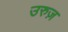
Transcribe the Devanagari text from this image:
उरुज़